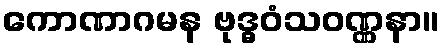
ကောဏာဂမန ဗုဒ္ဓဝံသဝဏ္ဏနာ။